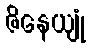
ဇိနေယျုံ